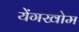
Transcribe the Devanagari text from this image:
येंगखोम